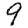
Digit: 9